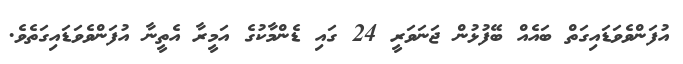
އުފަންވެވަޑައިގަތް ބައެއް ބޭފުޅުން ޖަނަވަރީ 24 ގައި ޑެންމާކުގެ އަމީރާ އެތީނާ އުފަންވެވަޑައިގަތެވެ.